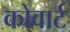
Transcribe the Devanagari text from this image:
कोवार्ट